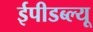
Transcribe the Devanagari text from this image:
ईपीडब्ल्यू